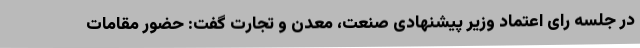
در جلسه رای اعتماد وزیر پیشنهادی صنعت، معدن و تجارت گفت:‌ حضور مقامات